Heimtali_vallavalitsus, lk 68
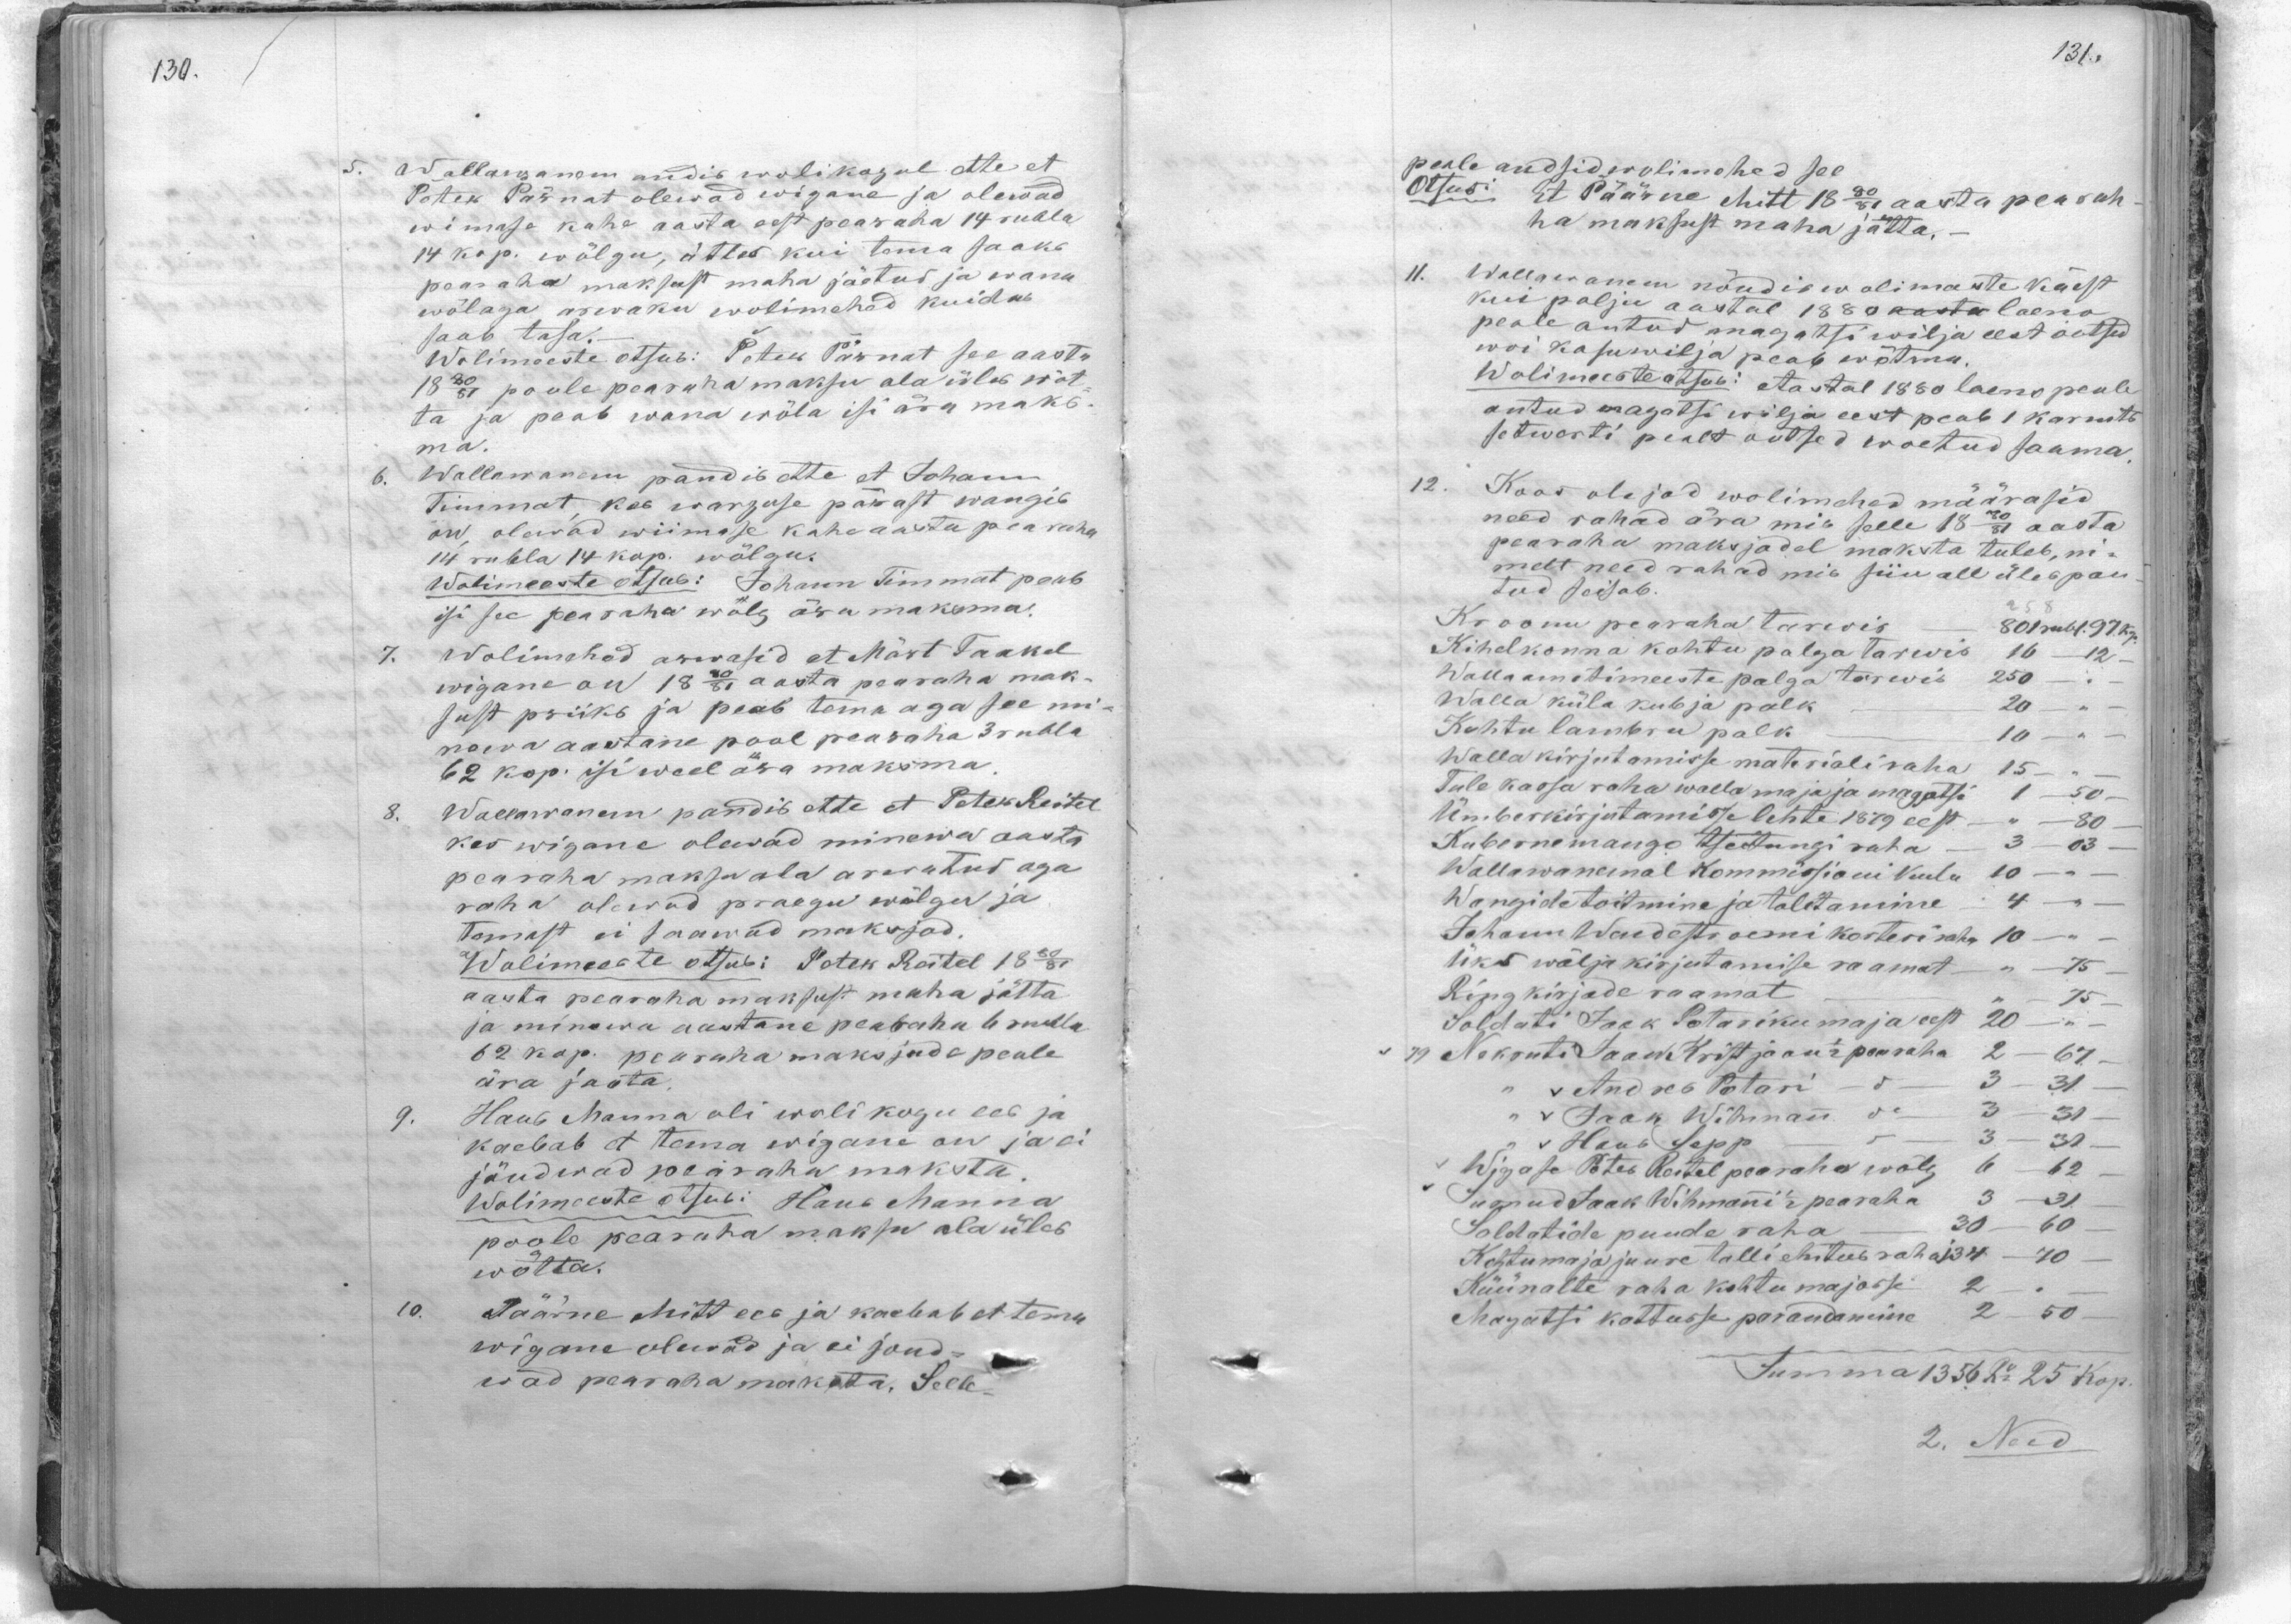
5. Wallawanem andis wolikogul ette et
Peter Pärnat olewad wigane ja olewad
wiimase kahe aasta eest pearaha 14 rubla
14 kop. wõlgu, ütles kui tema saaks
pearaha maksust maha jäetud ja wana
wõlaga arwaku wolimehed kuidas
saab tasa.
Wolimeeste otsub: Peter Pärnat see aasta
1880/81 poole peawara maksu ala üles wõt-
ta ja peab wana wõla isi ära maks-
ma.
6. Wallawanem pandis ette et Johann
Timmat, kas warguse pärast wangis
on olewad wiimase kahe aastu pearaha
14 rubla 14 kop. wõlgu.
Wolimeeste otsub: Johann Timmut peab
isi see pearaha wõlg ärra maksma.
7. Wolimehed arwasid et Mart Taakel
wigane on 1880/81 aasta pearaha mak-
sust priiks ja peab tema aga see mi-
newa aastane pool pearaha 3 rubla
62 kop. isi weel ära maksma.
8. Wallawanem pandis ette et Peter Reitel
kes wigane olewad minewa aasta
pearaha maksu ala arvutud aga
raha olewad praegu wõlgu ja
temast ei saawad maksjad.
Wolimeeste otsus: Patek Reitel 1880/81
aasta pearaha maksust maha jätta
ja minewa aastane pearaha 6 rubla
62 kop. pearaha maksjada peab
ära jaota.
9. Hans Manna oli wolikogu ees ja
kaebab et tema wigane on ja ei
jõudwad pearaha maksta.
Wolimeeste otsusi Hans Manna
poole peameha maksu ala üles
wõtta.
10. Päärne Mitt ees ja kaebab et tema
wigane olewad ja ei jõud-
wad pearaha maksta. Selle

peale andsid wolimehed see
Otsus: Et Päärne Mitt 1880/81 aasta pearah-
ha maksust maha jätta.
11. Wallanem nõudis wolimaste käest
kui palju aastal 1880 aasta laena
peale antud magatsi wilja eest ootsud
woi kasuwilja peab wõtma.
Wolimeste otsus: Aastal 1880 laeno peale
antud magatsi wilja eest peab 1 karnits
setwerti pealt ootsed woetud saama.
12. Koos olejad wolimehed määrasid
need rahad ära mis selle 1880/81 aasta
pearaha maksjadel maksta tuleb, ni-
melt need rahad mis siin all ülespan-
tud seisab.
Kroonu pearaha tarwis - 801 rubl. 97 kop
Kihelkonna kohtu palga tarwis 16 - 12.
Wallaametimeeste palga tarwis 250 -
Walla küla kubja palk - 20 - "
Kohtu lambru palk - 10 - "
Walla kirjutamisse materiali raha 15-
Tule kassa raha walla maja ja magatsi 1 -50
Ümberkirjutamisse lehte 1879 eest - 80
Kubernemango tseitungi raha - 3 - 03-
Wallawanemal kommissioni kulu 10 - -
Wangide toitmine ja talitamine 4 -
Johann Wandeströmi korteri maks 10 - " -
Üks wälja kirjutamise raamat - - 75
Ring kirjade raamat - - 75
Soldati: Jaak Patariku maja eest 20 - " -
79 Nekruti Jaan Kristjaani pearaha 2 - 67
"Andres Potari" - 5 - 3 - 31 -
"Jaak Wihman" - 3 - 31 -
Hans Sepp - 5 - 3 - 31 -
Wigase Peter Reitel pearaha wõlg 6 - 62
Surnud Jaak Wihmani 1/2 pearaha 3-31.
Soldatide puude raha 30-60
Kohtumaja juure talli ehitus raha 34-70
Küünalte raha kohtumajasse 2 -
Magatsi kattusse parandamine 2 - 50
Summa 1356 Ru 25 kop.
2. Need